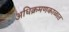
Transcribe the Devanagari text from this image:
अधिक्रमणकाळात